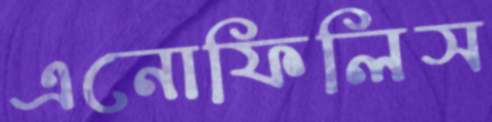
এনোফিলিস